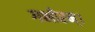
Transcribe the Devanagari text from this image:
गभीरम्।